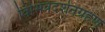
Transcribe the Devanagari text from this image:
विभिन्नदर्शनग्रहण